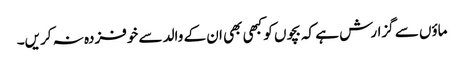
ماؤں سے گزارش ہے کہ بچوں کو کبھی بھی ان کے والد سے خوفزدہ نہ کریں۔